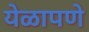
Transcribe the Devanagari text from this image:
येळापणे